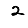
Digit: 2